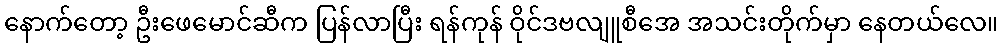
နောက်တော့ ဦးဖေမောင်ဆီက ပြန်လာပြီး ရန်ကုန် ဝိုင်ဒဗလျူစီအေ အသင်းတိုက်မှာ နေတယ်လေ။